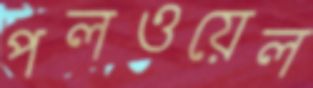
পলওয়েল